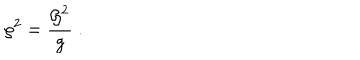
\rho ^ { 2 } = \frac { { \cal G } ^ { 2 } } { g } \ .